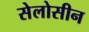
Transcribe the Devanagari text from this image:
सेलोसीन